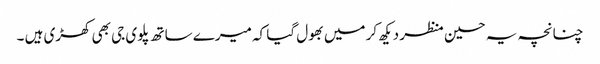
چنانچہ یہ حسین منظر دیکھ کر میں بھول گیا کہ میرے ساتھ پلوی جی بھی کھڑی ہیں ۔